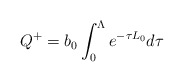
\begin{align*}Q^+=b_0\int_0^\Lambda e^{-\tau L_0}d\tau \end{align*}